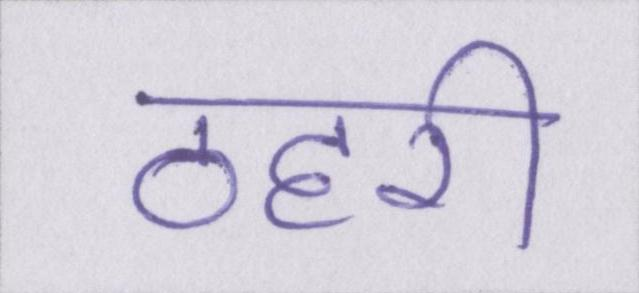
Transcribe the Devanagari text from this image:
ठहरी